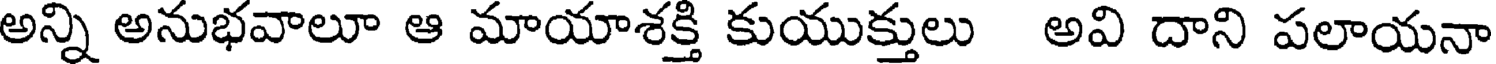
అన్ని అనుభవాలూ ఆ మాయాశక్తి కుయుక్తులు అవి దాని పలాయనా